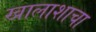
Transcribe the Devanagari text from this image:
खालाशाचा